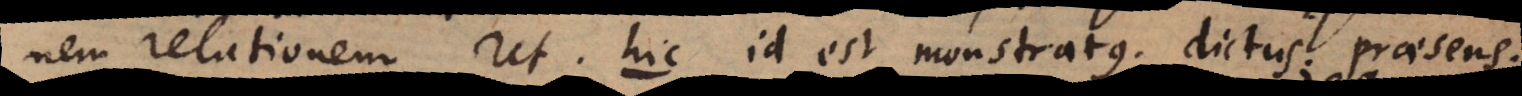
nem relationem. Ut hic id est monstratus, dictus, praesens.